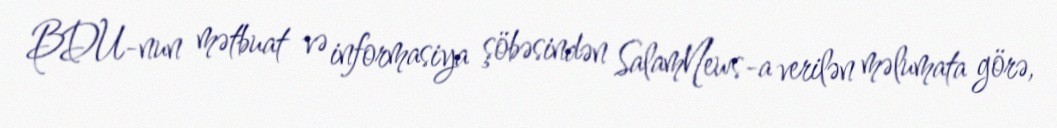
BDU-nun mətbuat və informasiya şöbəsindən SalamNews-a verilən məlumata görə,